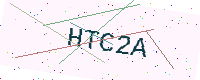
Text: HTC2A